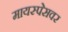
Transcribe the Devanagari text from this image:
मायस्पेसवर